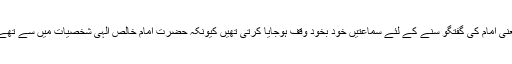
یعنی امام کی گفتگو سنے کے لئے سماعتیں خود بخود وقف ہوجایا کرتی تھیں کیونکہ حضرت امام خالص الٰہی شخصیات میں سے تھے۔